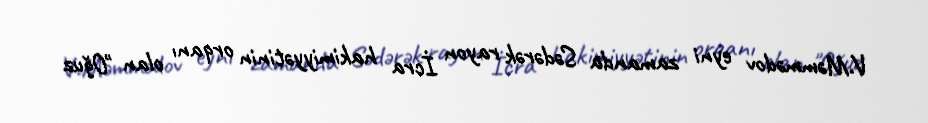
V.Məmmədov eyni zamanda Sədərək rayon İcra hakimiyyətinin orqanı olan "Oğuz